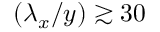
( \lambda _ { x } / y ) \gtrsim 3 0